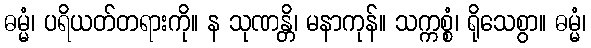
ဓမ္မံ၊ ပရိယတ်တရားကို။ န သုဏန္တိ၊ မနာကုန်။ သက္ကစ္စံ၊ ရိုသေစွာ။ ဓမ္မံ၊